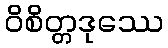
ဝိစိတ္တဒုဿေ